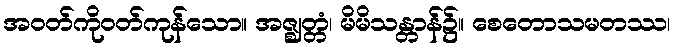
အဝတ်ကိုဝတ်ကုန်သော။ အဇ္ဈတ္တံ၊ မိမိသန္တာန်၌။ စေတောသမတဿ၊